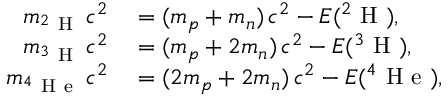
\begin{array} { r l } { m _ { ^ 2 \mathrm { ~ H ~ } } \, c ^ { 2 } } & { { } = ( m _ { p } + m _ { n } ) \, c ^ { 2 } - E ( ^ { 2 } \mathrm { ~ H ~ } ) , } \\ { m _ { ^ 3 \mathrm { ~ H ~ } } \, c ^ { 2 } } & { { } = ( m _ { p } + 2 m _ { n } ) \, c ^ { 2 } - E ( ^ { 3 } \mathrm { ~ H ~ } ) , } \\ { m _ { ^ 4 \mathrm { ~ H ~ e ~ } } \, c ^ { 2 } } & { { } = ( 2 m _ { p } + 2 m _ { n } ) \, c ^ { 2 } - E ( ^ { 4 } \mathrm { ~ H ~ e ~ } ) , } \end{array}